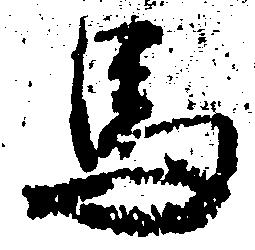
馬